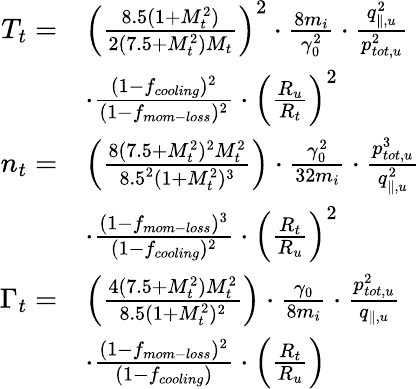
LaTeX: \begin{array}{rl}{T_{t}=}&{\left(\frac{8.5(1+M_{t}^{2})}{2(7.5+M_{t}^{2})M_{t}}\right)^{2}\cdot\frac{8m_{i}}{\gamma_{0}^{2}}\cdot\frac{q_{\parallel,u}^{2}}{p_{tot,u}^{2}}}\\ &{\cdot\frac{(1-f_{cooling})^{2}}{(1-f_{mom-loss})^{2}}\cdot\left(\frac{R_{u}}{R_{t}}\right)^{2}}\\ {n_{t}=}&{\left(\frac{8(7.5+M_{t}^{2})^{2}M_{t}^{2}}{8.5^{2}(1+M_{t}^{2})^{3}}\right)\cdot\frac{\gamma_{0}^{2}}{32m_{i}}\cdot\frac{p_{tot,u}^{3}}{q_{\parallel,u}^{2}}}\\ &{\cdot\frac{(1-f_{mom-loss})^{3}}{(1-f_{cooling})^{2}}\cdot\left(\frac{R_{t}}{R_{u}}\right)^{2}}\\ {\Gamma_{t}=}&{\left(\frac{4(7.5+M_{t}^{2})M_{t}^{2}}{8.5(1+M_{t}^{2})^{2}}\right)\cdot\frac{\gamma_{0}}{8m_{i}}\cdot\frac{p_{tot,u}^{2}}{q_{\parallel,u}}}\\ &{\cdot\frac{(1-f_{mom-loss})^{2}}{(1-f_{cooling})}\cdot\left(\frac{R_{t}}{R_{u}}\right)}\end{array}